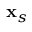
\mathbf { x } _ { s }